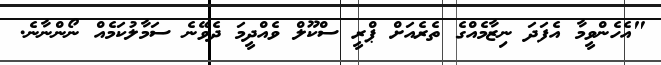
"އެހެންވީމާ އެފަދަ ނިޒާމެއްގެ ތެރެއަށް ޕްރީ ސްކޫލް ވެއްދީމަ ދެވޭނެ ސަމާލުކަމެއް ނޯންނާނެ.